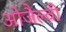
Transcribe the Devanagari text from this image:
ओजैल्वी